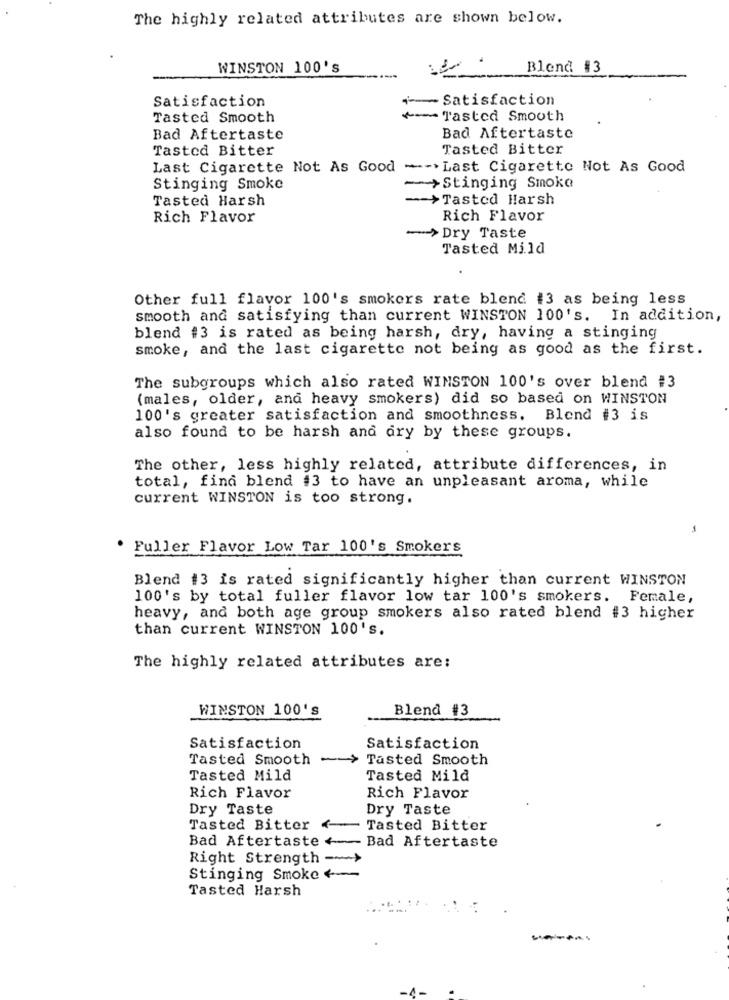
The highly related attributes are shown below.
WINSTON 100'S
Blend #3
Satisfaction
-- Satisfaction
Tasted Smooth
Tasted Smooth
Bad Aftertaste
Bad Aftertaste
Tasted Bitter
Tasted Bitter
Last Cigarette Not As Good
-- >Last Cigarette Not As Good
Stinging Smoke
->Stinging Smoke
Tasted Harsh
-- > Tasted Harsh
Rich Flavor
Rich Flavor
->Dry Taste
Tasted Mild
Other full flavor 100's smokers rate blend #3 as being less
smooth and satisfying than current WINSTON 100's. In addition,
blend #3 is rated as being harsh, dry, having a stinging
smoke, and the last cigarette not being as good as the first.
The subgroups which also rated WINSTON 100's over blend #3
(males, older, and heavy smokers) did so based on WINSTON
100's greater satisfaction and smoothness. Blend #3 is
also found to be harsh and dry by these groups.
The other, less highly related, attribute differences, in
total, find blend #3 to have an unpleasant aroma, while
current WINSTON is too strong.
Fuller Flavor Low Tar 100's Smokers
Blend #3 is rated significantly higher than current WINSTON
100's by total fuller flavor low tar 100's smokers. Female,
heavy, and both age group smokers also rated blend #3 higher
than current WINSTON 100's.
The highly related attributes are:
WINSTON 100's
Blend #3
Satisfaction
Satisfaction
Tasted Smooth
Tasted Smooth
Tasted Mild
Tasted Mild
Rich Flavor
Rich Flavor
Dry Taste
Dry Taste
Tasted Bitter €
Tasted Bitter
Bad Aftertaste+
Bad Aftertaste
Right Strength
-
Stinging Smoke +-
Tasted Harsh